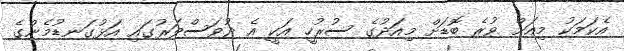
އެކަމަކު މިއަށް ވުރެ ބޮޑަށް މިއަދުގެ ސުރުހީ އަކީ އެ ދުވަސްވަރުގައި އަޅުގަނޑުމެންގެ